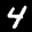
Label: 4